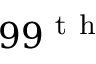
9 9 ^ { \mathrm { ~ t ~ h ~ } }